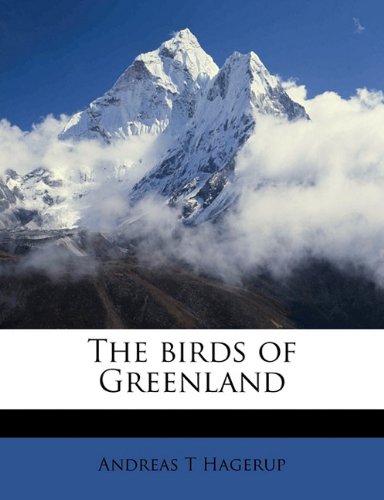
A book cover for The birds of Greenland; Andreas T Hagerup; History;